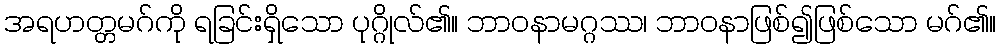
အရဟတ္တမဂ်ကို ရခြင်းရှိသော ပုဂ္ဂိုလ်၏။ ဘာဝနာမဂ္ဂဿ၊ ဘာဝနာဖြစ်၍ဖြစ်သော မဂ်၏။